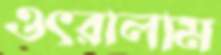
ওৎরালাম